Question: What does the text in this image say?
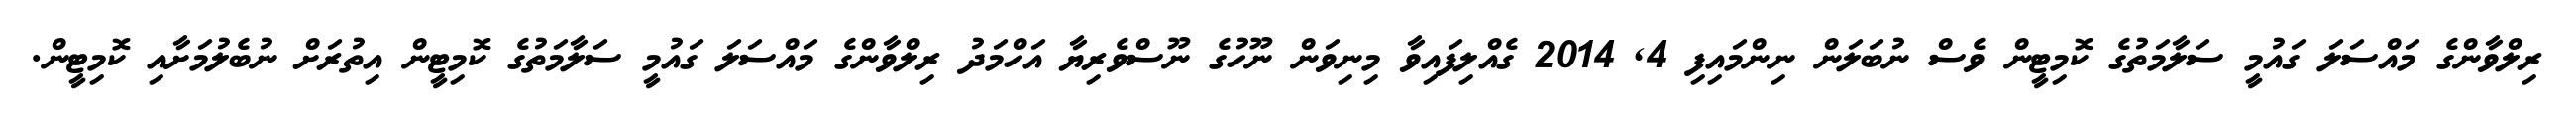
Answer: ރިލްވާންގެ މައްސަލަ ގައުމީ ސަލާމަތުގެ ކޮމިޓީން ވެސް ނުބަލަން ނިންމައިފި 4, 2014 ގެއްލިފައިވާ މިނިވަން ނޫހުގެ ނޫސްވެރިޔާ އަހްމަދު ރިލްވާންގެ މައްސަލަ ގައުމީ ސަލާމަތުގެ ކޮމިޓީން އިތުރަށް ނުބެލުމަށާއި ކޮމިޓީން.